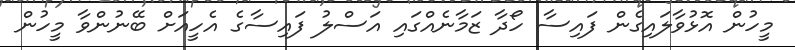
މީހުން އޮޅުވާލައިގެން ފައިސާ ހޯދާ ޒަމާނެއްގައި އަސްލު ފައިސާގެ އެހީއަށް ބޭނުންވާ މީހުން